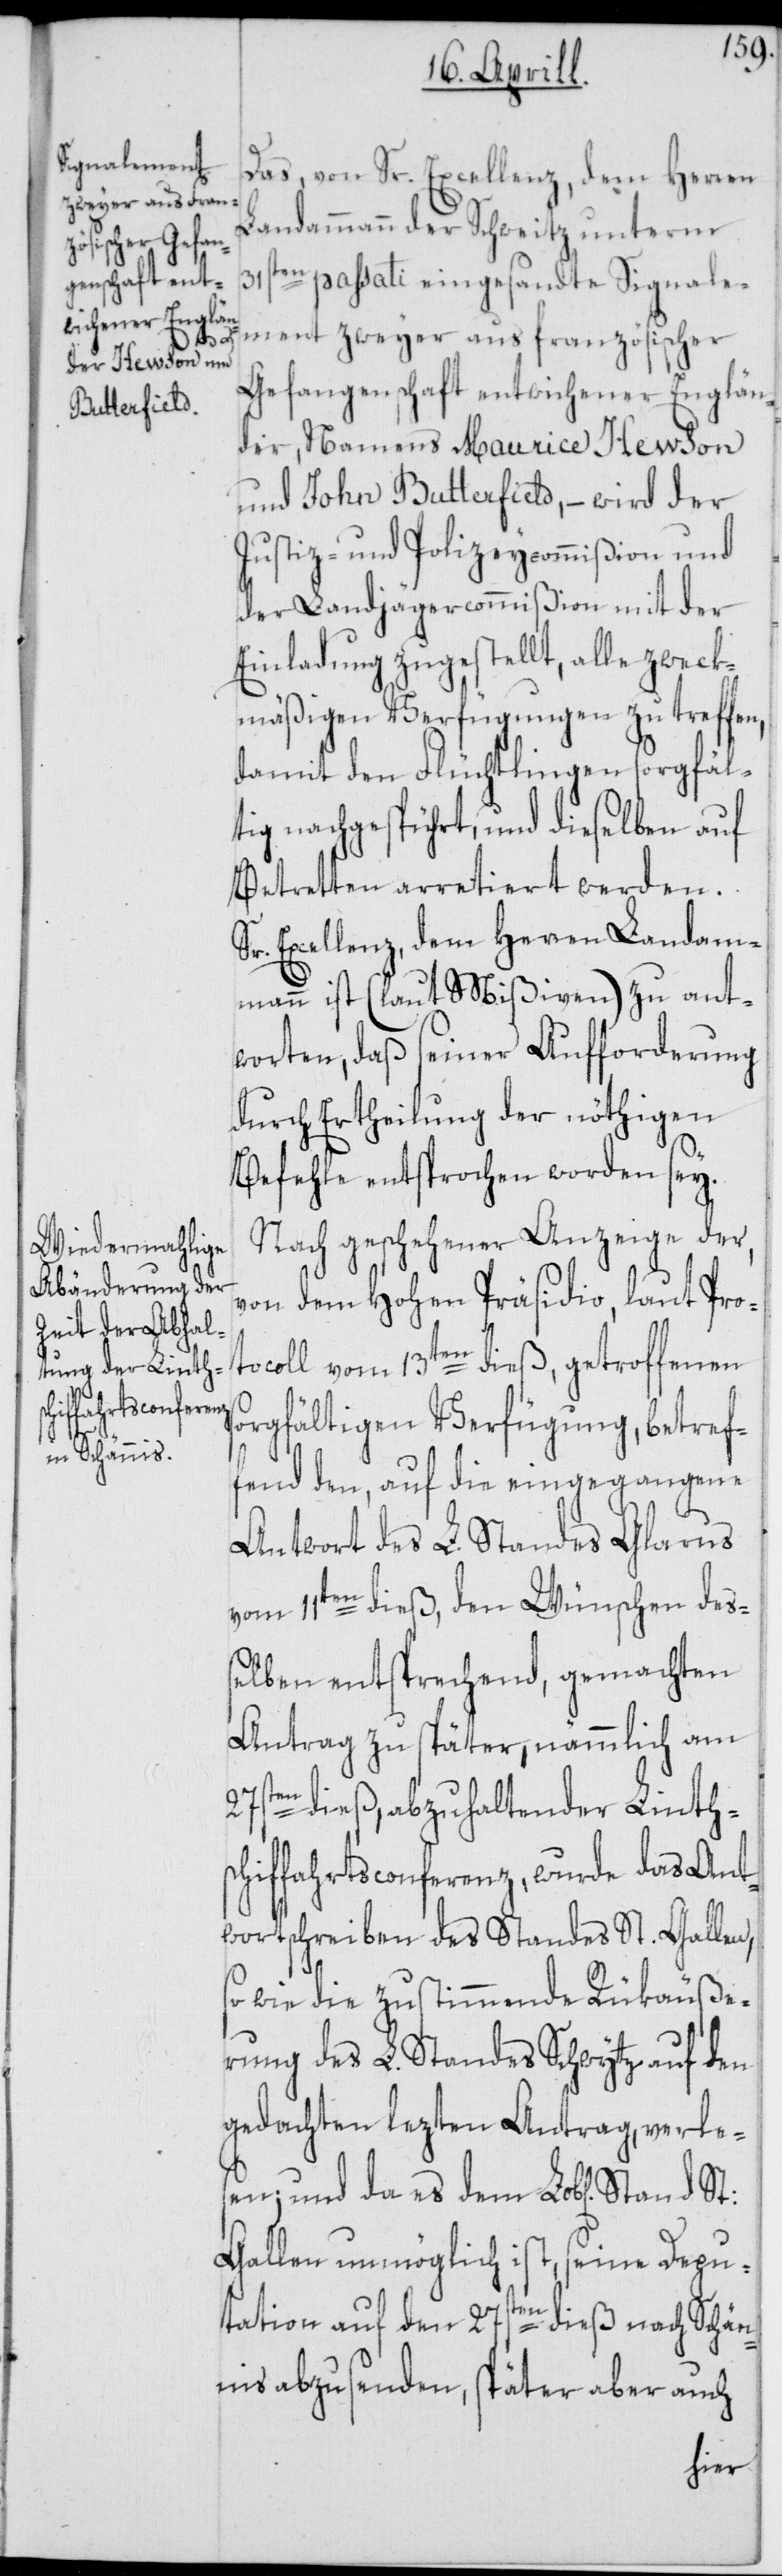
s¬

Das, von Sr. Excellenz, dem Herren
Landammann der Schweitz unterm
31ste¬
n passati eingesandte Signale¬
ment zweyer aus französischer
Gefangenschaft entwichener Englän¬
der, Namens Maurice Hewson
und John Butterfield, – wird der
Justiz- und Polizeycommißion und
der Landjägercommißion mit der
Einladung zugestellt, alle zweck¬
mäßigen Verfügungen zu treffen,
damit den Flüchtlingen sorgfäl¬
tig nachgespührt, und dieselben auf
Betretten arretiert werden.
Sr. Excellenz dem Herren Landam¬
mann ist (laut Mißiven) zu ant¬
worten, daß seiner Aufforderung
durch Ertheilung der nöthigen
Befehle entsprochen worden sey.
Nach geschehener Anzeige der,
von dem Hohen Präsidio, laut Pro¬
tocoll vom 13ten dieß, getroffenen
orgfältigen Verfügung, betref¬
fend den, auf die eingegangene
Antwort des L. Standes Glarus
vom 11ten dieß, den Wünschen de¬
ßelben entsprechend, gemachten
Antrag zu später, nämmlich am
27sten dieß abzuhaltender Linth¬
schiffahrtsconferenz, wurde das Ant¬
wortschreiben des Standes St. Gallen,
so wie die zustimmende Rükäuße¬
rung des L. Standes Schwytz auf den
gedachten lezten Antrag, verle¬
sen; und da es dem Lob[lichen] Stand
Gallen unmöglich ist, seine Depu¬
tation auf den 27sten dieß nach Schän¬
nis abzusenden, später aber auch